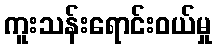
ကူးသန်းရောင်းဝယ်မှု